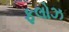
ફલોઝ